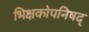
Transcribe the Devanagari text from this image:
भिक्षकोपनिषद्